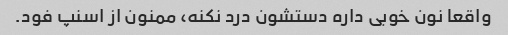
واقعا نون خوبی داره دستشون درد نکنه، ممنون از اسنپ فود.